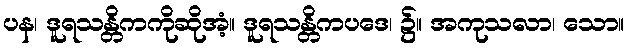
ပန၊ ဒူရသန္တိကကိုဆိုအံ့။ ဒူရသန္တိကပဒေ၊ ၌။ အကုသလာ၊ သော။